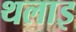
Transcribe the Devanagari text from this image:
थलाइ